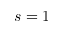
s = 1